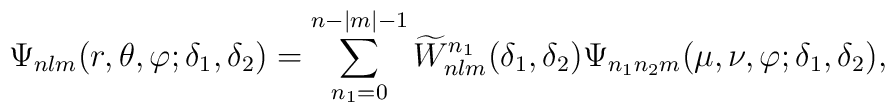
\Psi_{nlm}(r,\theta,\varphi;\delta_1,\delta_2) =\sum_{n_1=0}^{n-|m|-1} \widetilde W _{nlm}^{n_1}(\delta_1,\delta_2)\Psi_{n_1 n_2 m}(\mu,\nu,\varphi;\delta_1,\delta_2),